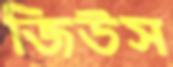
জিউস